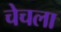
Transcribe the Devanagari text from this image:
चेचला